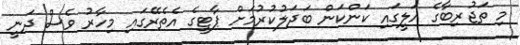
މި ތަޖުރިބާގެ އަލީގައި ކަންކަން ބަދަލުކުރުމަށް ޕާޓީގެ އެތެރޭގައި މިހާރު ވެސް ދަނީ